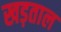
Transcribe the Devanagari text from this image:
खड़ताल